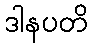
ဒါနပတိ